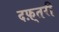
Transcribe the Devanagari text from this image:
दफ़्तरी